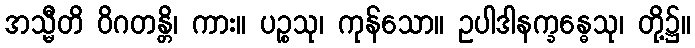
အသ္မီတိ ဝိဂတန္တိ၊ ကား။ ပဉ္စသု၊ ကုန်သော။ ဥပါဒါနက္ခန္ဓေသု၊ တို့၌။